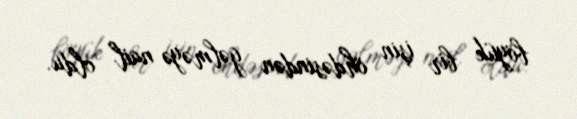
böyük bir işin öhdəsindən gəlməyə nail oldu.